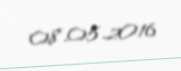
08.05.2016